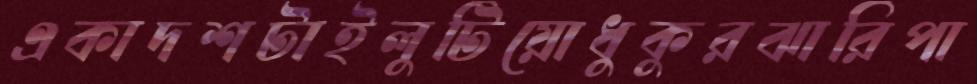
একাদশটাইলুটিয়োধুকুরঝারিপা